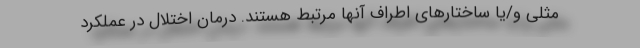
مثلی و/یا ساختارهای اطراف آنها مرتبط هستند. درمان اختلال در عملکرد